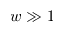
w \gg 1